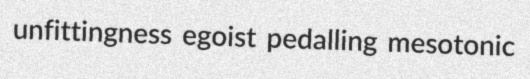
unfittingness egoist pedalling mesotonic